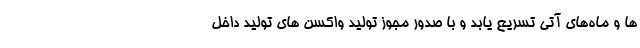
ها و ماه‌های آتی تسریع یابد و با صدور مجوز تولید واکسن های تولید داخل